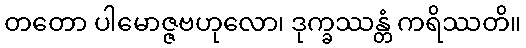
တတော ပါမောဇ္ဇဗဟုလော၊ ဒုက္ခဿန္တံ ကရိဿတိ။